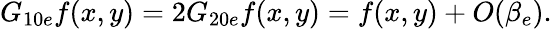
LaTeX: G_{10e}f(x,y)=2G_{20e}f(x,y)=f(x,y)+O(\beta_{e}).